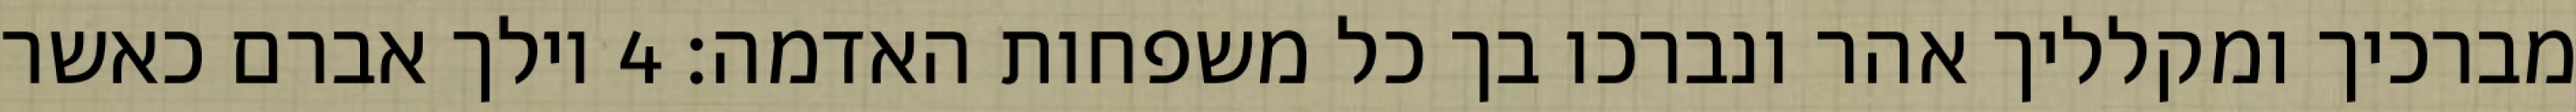
מברכיך ומקלליך אהר ונברכו בך כל משפחות האדמה׃ ‎4‏ וילך אברם כאשר